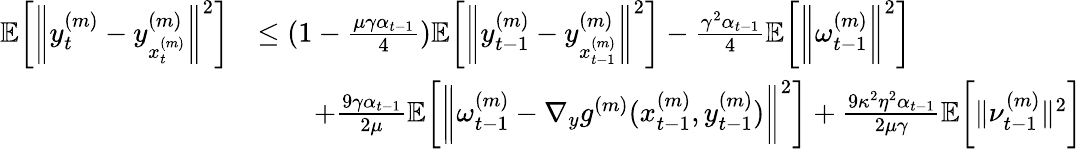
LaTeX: \begin{array}{rl}{\mathbb{E}\bigg[\bigg\| y_{t}^{(m)}-y_{x_{t}^{(m)}}^{(m)}\bigg\| ^{2}\bigg]}&{\leq(1-\frac{\mu\gamma\alpha_{t-1}}{4})\mathbb{E}\bigg[\bigg\| y_{t-1}^{(m)}-y_{x_{t-1}^{(m)}}^{(m)}\bigg\| ^{2}\bigg]-\frac{\gamma^{2}\alpha_{t-1}}{4}\mathbb{E}\bigg[\bigg\| \omega_{t-1}^{(m)}\bigg\| ^{2}\bigg]}\\ &{\qquad+\frac{9\gamma\alpha_{t-1}}{2\mu}\mathbb{E}\bigg[\bigg\| \omega_{t-1}^{(m)}-\nabla_{y}g^{(m)}(x_{t-1}^{(m)},y_{t-1}^{(m)})\bigg\| ^{2}\bigg]+\frac{9\kappa^{2}\eta^{2}\alpha_{t-1}}{2\mu\gamma}\mathbb{E}\bigg[\| \nu_{t-1}^{(m)}\| ^{2}\bigg]}\end{array}